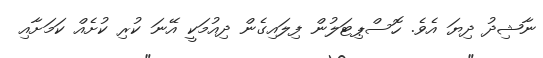
ނާޝިދު ދިޔަ އެވެ. ހޮސްޕިޓަލުން ފިލައިގެން ދިއުމަކީ އޭނަ ކުރި ކުށެއް ކަމަށާއި